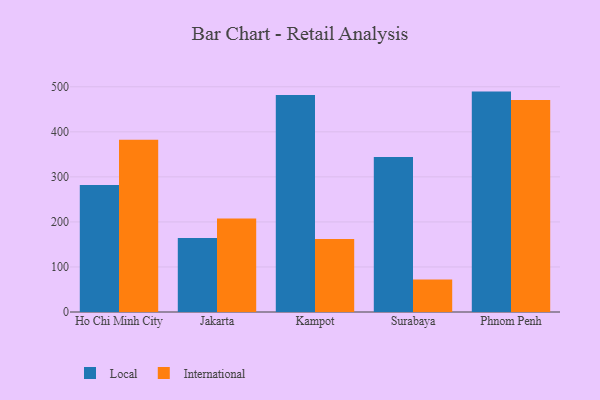
{"axis": {"x": "City", "y": "Net Income (USD K)"}, "legend": ["International", "Local"], "data": [{"x": "Ho Chi Minh City", "y": 282.1, "type": "Local"}, {"x": "Ho Chi Minh City", "y": 382.5, "type": "International"}, {"x": "Jakarta", "y": 164.2, "type": "Local"}, {"x": "Jakarta", "y": 207.8, "type": "International"}, {"x": "Kampot", "y": 481.7, "type": "Local"}, {"x": "Kampot", "y": 162.1, "type": "International"}, {"x": "Surabaya", "y": 344.0, "type": "Local"}, {"x": "Surabaya", "y": 71.9, "type": "International"}, {"x": "Phnom Penh", "y": 489.3, "type": "Local"}, {"x": "Phnom Penh", "y": 470.7, "type": "International"}]}